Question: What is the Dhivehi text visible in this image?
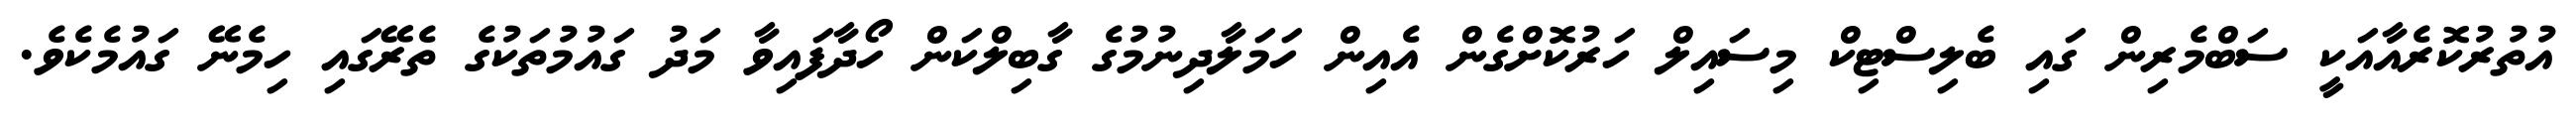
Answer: އުތުރުކޮރެއާއަކީ ސަބްމެރިން ގައި ބެލިސްޓިކް މިސައިލް ހަރުކޮށްގެން އެއިން ހަމަލާދިނުމުގެ ގާބިލްކަން ހޯދާފައިވާ މަދު ގައުމުތަކުގެ ތެރޭގައި ހިމެނޭ ގައުމެކެވެ.